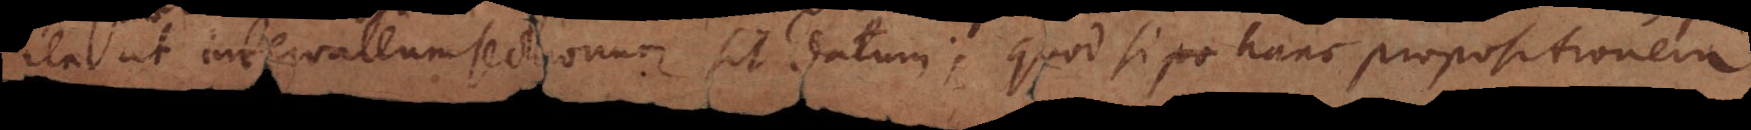
ita ut intervallum sectionum sit datum; quod si hanc propositionem